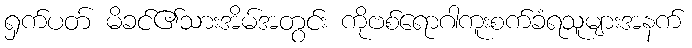
ရှက်ပတ် မိခင်၏သားအိမ်အတွင်း ကိုဗစ်ရောဂါကူးစက်ခံရသူများအနက်